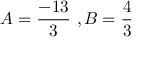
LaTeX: A = { \frac { - 1 3 } { 3 } } \ , B = { \frac { 4 } { 3 } }